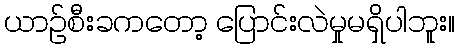
ယာဉ်စီးခကတော့ ပြောင်းလဲမှုမရှိပါဘူး။